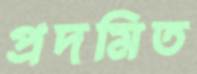
প্রদমিত